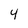
Character: 4